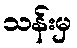
သန်းမှ